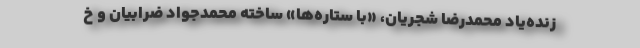
زنده‌یاد محمدرضا شجریان، «با ستاره‌ها» ساخته محمدجواد ضرابیان و خ